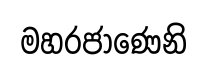
මහරජාණෙනි